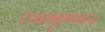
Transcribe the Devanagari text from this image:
राधाकृष्णऩ